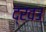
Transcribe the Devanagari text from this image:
द्रवउ